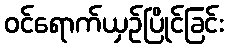
ဝင်ရောက်ယှဉ်ပြိုင်ခြင်း